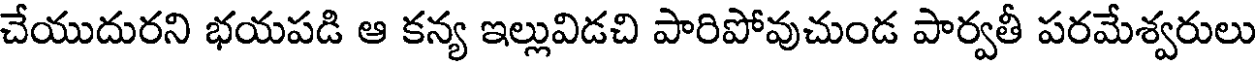
చేయుదురని భయపడి ఆ కన్య ఇల్లువిడచి పారిపోవుచుండ పార్వతీ పరమేశ్వరులు